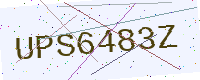
Text: UPS6483Z